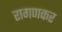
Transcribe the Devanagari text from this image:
रागणकर